Document type: Testament
Year: 1300
Scribe: Bonanat d'Esparreguera
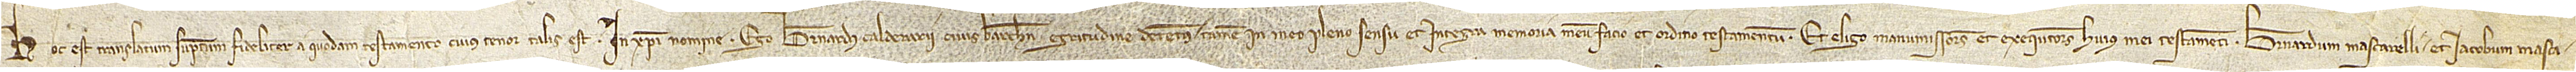
Hoc est translatum sumptum fideliter a quodam testamento cuius tenor talis est: Ego Bernardus Calderarii, civis Barchinone, egritudine detentus tamen in meo pleno sensu et integra memoria, meum facio et ordino testamentum. Et eligo manumissores et exequtores huius mei testamenti Bernardum Mascarelli et Iacobum Masca-